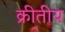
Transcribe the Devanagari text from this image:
क्रीतीय